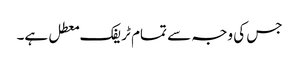
جس کی وجہ سے تمام ٹریفک معطل ہے۔